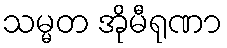
သမ္မတ အိုမီရုဏာ